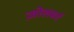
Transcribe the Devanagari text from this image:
ज़ोलबर्ग